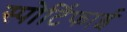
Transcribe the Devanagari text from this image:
स्पोर्टिफाई